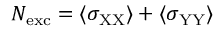
N _ { \mathrm { e x c } } = \langle \sigma _ { \mathrm { X X } } \rangle + \langle \sigma _ { \mathrm { Y Y } } \rangle